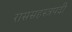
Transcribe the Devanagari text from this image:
राससहस्त्रपदी